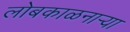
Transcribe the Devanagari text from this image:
लोबकाळनाऱ्या